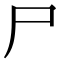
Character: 尸